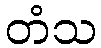
တံသ